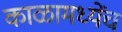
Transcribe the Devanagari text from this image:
काळामध्येंच